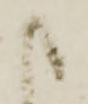
か